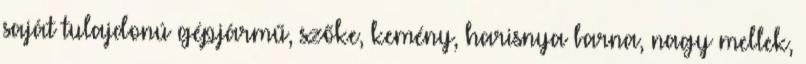
saját tulajdonú gépjármű, szőke, kemény, harisnya barna, nagy mellek,